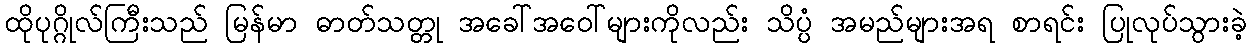
ထိုပုဂ္ဂိုလ်ကြီးသည် မြန်မာ ဓာတ်သတ္တု အခေါ်အဝေါ်များကိုလည်း သိပ္ပံ အမည်များအရ စာရင်း ပြုလုပ်သွားခဲ့